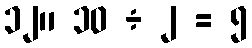
၁၂။ ၁၀ ÷ ၂ = ၅